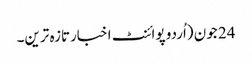
24 جون (اُردو پوائنٹ اخبارتازہ ترین۔